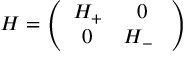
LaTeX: H = \left( \begin{array} { c c } { { H _ { + } } } & { { 0 } } \\ { { 0 } } & { { H _ { - } \ } } \end{array} \right)